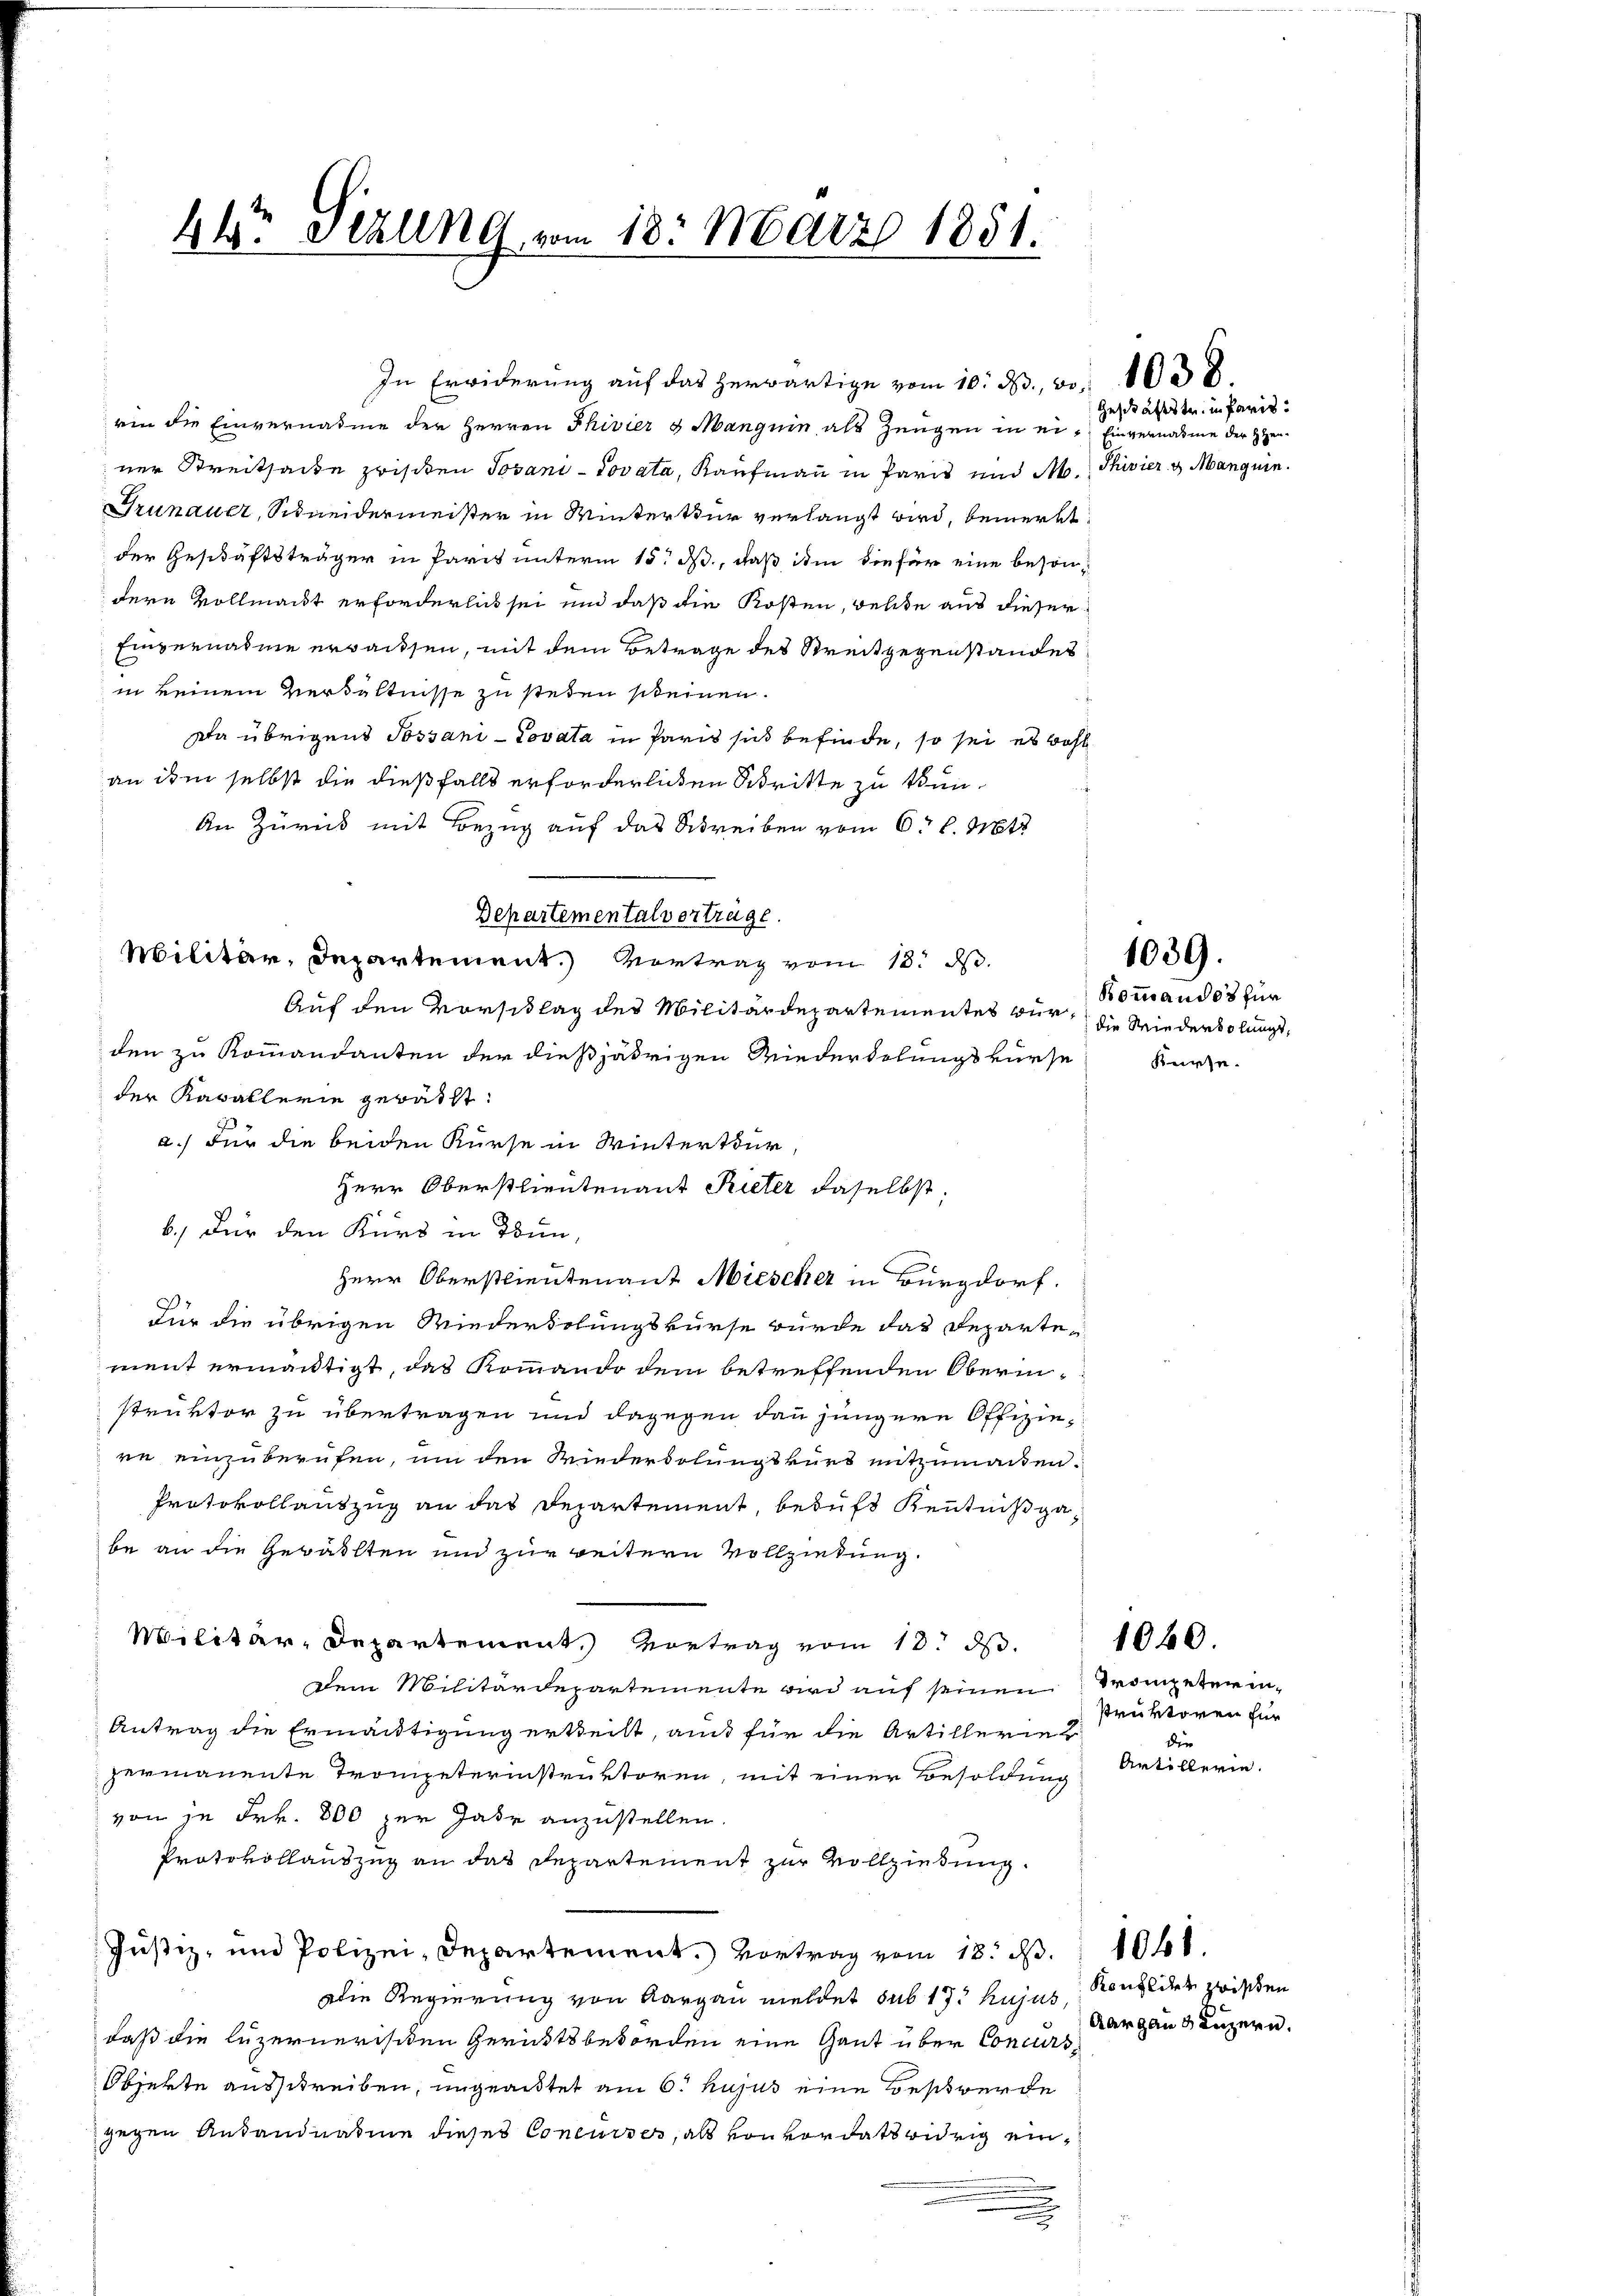
44r sezung vom 18. März 1851.

rin die Einvernahme der Herren Thivier & Manguin, als Zeugen in einer Streitsache zwischen Jovani-Dovata, Kaufmann in Paris und M.
Grünauer, Schneidermeister in Winterthur verlangt wird, bemerkt
der Geschäftsträger in Paris unterm 15. M., daß ihm die für eine beson-
dere Vollmacht erforderlich sei und daß die Kosten, welche aus dieser
Einvernahme erwaissen, mit dem Betrage des Streitgegenstandes
in keinem Verhältnisse zu stehen scheinen.
Da übrigens Possani-Lovata in Paris sind befinde, so sei es wohl
an ihm selbst die dießfalls erforderlichen Schritte zu thun¬
An Zurück mit Bezug auf das Schreiben vom 6t d. Mts.
Departementalverträge.
Militär, Departement.) Vortrag vom 13. d.
Auf den Vorschlag des Militärdepartementes würden zu Kommandanten der dießjährigen Wiederkoluigs vürse
der Kavallerie gerätht:
a.) Für die beiden Kurse in Winterthur
Herr Oberstlieutenant Rieter daselbst,
b. Für den Kurs in Wun
Herr Oberstlieutenant Miescher in Burgdorf.
Für die übrigen Wiederholungskurse wurde das Departe-
ment ermächtigt, das Rommando dem betreffenden Oberinstruktor zu übertragen und dagegen dann jüngere Offiziere einzuberufen, um den Wiederdolungskurt mitzumacken.
Protokollauszug an das Departement behufs Kenntnißgabe an die Gewählten und zur weitern Vollziehung.
Militär-Departement. Vortrag vom 10. ds.
Dem Militärdepartemente wird auf seinen
Antrag die Ermäntigung erteilt, auch für die Artillerier
zermanente Trompeterinstruktoren, mit einer Besoldung
von je Frk. 800 zur Jahr anzustellen.
Protokollauszug an das Departement zur Vollziehung.
Justiz- und Polizei, Departement.) Vortrag vom 18. d.
Die Regierung von Aargau meldet sub 17. hujus, Konflies zwischen
daß die luzernerischen Gerichtsbeworden eine Gant über Concurs¬
Objekte ausschreiben, ungeautet am 6. hujus eine Beschwerde
gegen Andandnatione dieses Concurses, als von vordatswidrig eine

In Erwiderung auf das herwärtige vom 10. d. 30.

Geschäftstr. in Paris.
Einvernahme der HHer¬
Shivier & Mangen.

1038

Bommandos für
die Wiederholungs¬
Kesse.

1039.

Trompeten in¬
Pruktoren für
die
Artillerin.

1040

Aargaus Luzern.

1061.